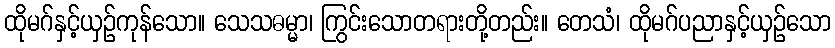
ထိုမဂ်နှင့်ယှဉ်ကုန်သော။ သေသဓမ္မာ၊ ကြွင်းသောတရားတို့တည်း။ တေသံ၊ ထိုမဂ်ပညာနှင့်ယှဉ်သော